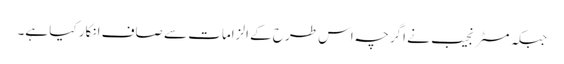
جبکہ مسٹر نجیب نے اگرچہ اس طرح کے الزامات سے صاف انکار کیا ہے۔